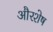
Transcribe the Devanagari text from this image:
औरशेष